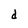
Character: d